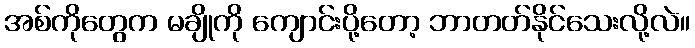
အစ်ကိုတွေက မချိုကို ကျောင်းပို့တော့ ဘာတတ်နိုင်သေးလို့လဲ။